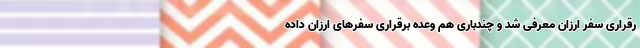
رقراری سفر ارزان معرفی شد و چندباری هم وعده برقراری سفرهای ارزان داده‌